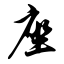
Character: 座